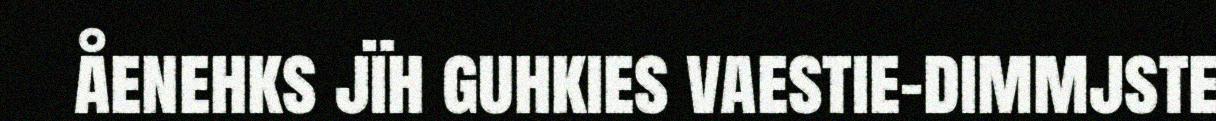
åenehks jïh guhkies vaestie-dimmjste